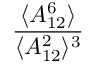
\frac { \langle A _ { 1 2 } ^ { 6 } \rangle } { \langle A _ { 1 2 } ^ { 2 } \rangle ^ { 3 } }